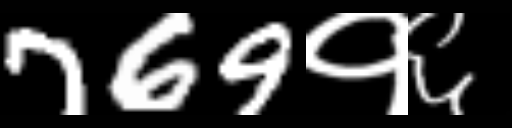
Text: 769१६